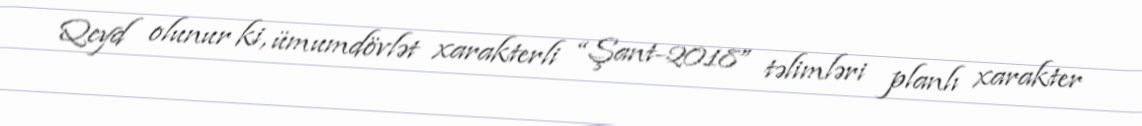
Qeyd olunur ki, ümumdövlət xarakterli “Şant-2018” təlimləri planlı xarakter